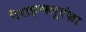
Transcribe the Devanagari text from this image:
पैराइन्फ्लूएंज़ा